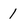
Character: 1